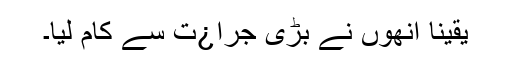
یقیناً انھوں نے بڑی جرا¿ت سے کام لیا۔